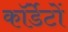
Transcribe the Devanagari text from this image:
कॉर्डेटों